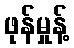
ဖုန်မှုန့်